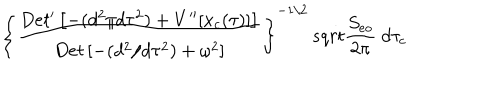
\left\{ { \frac { D e t ^ { \prime } \left[ - ( d ^ { 2 } / d \tau ^ { 2 } ) + V ^ { \prime \prime } [ x _ { c } ( \tau ) ] \right] } { D e t \left[ - ( d ^ { 2 } / d \tau ^ { 2 } ) + \omega ^ { 2 } \right] } } \right\} ^ { - 1 / 2 } \, s q r t { { \frac { S _ { e o } } { 2 \pi } } } \ d \tau _ { c }